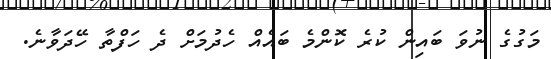
މަގުގެ ނުވަ ބައިން ކުރެ ކޮންމެ ބައެއް ހެދުމަށް ދެ ހަފްތާ ހޭދަވާނެ.